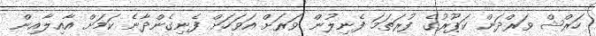
ހަރްޝް ވަރްދަން ކަޕޫރުގެ ފުރަތަމަ ފެނިލުން ވަރަށް އަވަހަށް ފެނިގެންދާނެ ކަމަށް އާއިލާއިން